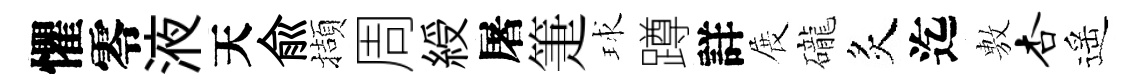
懼零液天兪擷周綬屠箑球蹲詳展礲炙迄𢾾杏遥